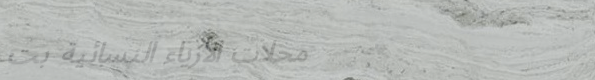
محلات الأزياء النسائية بت